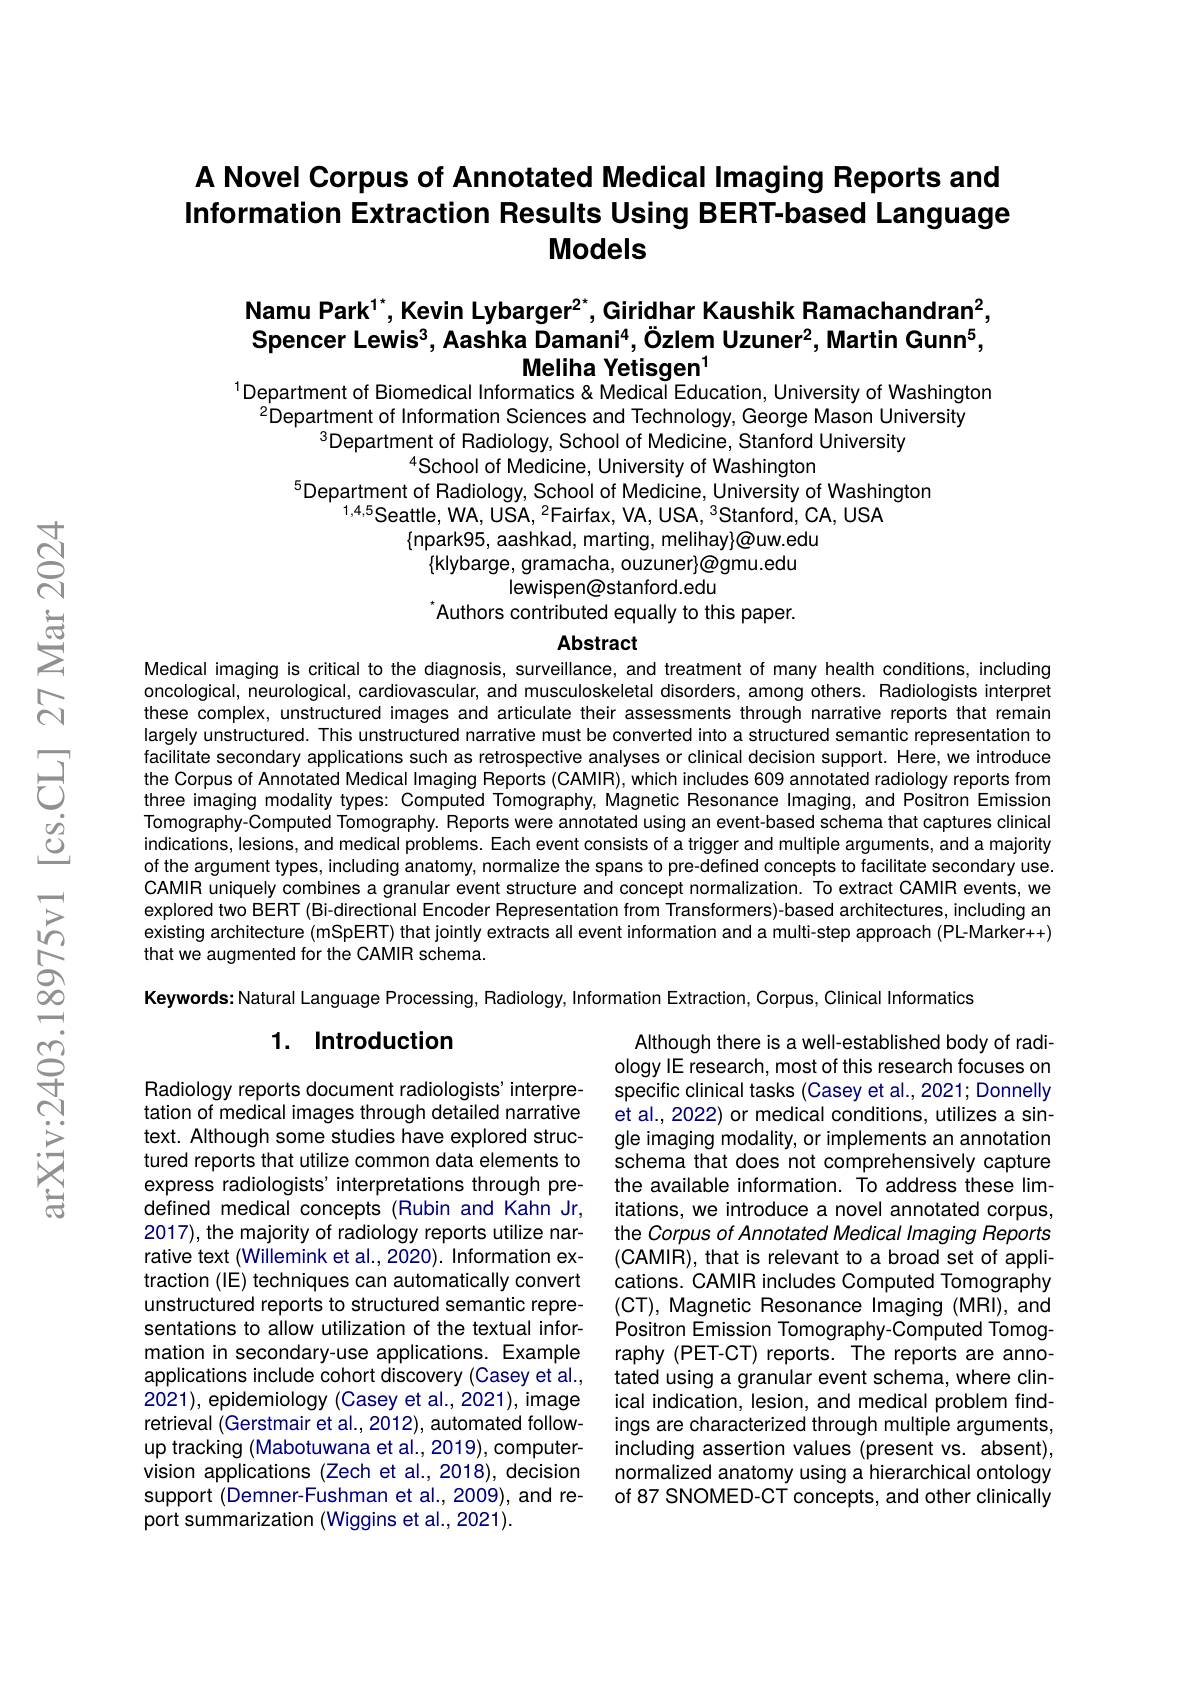
# A Novel Corpus of Annotated Medical Imaging Reports and Information Extraction Results Using BERT-based Language Models

Namu Park$^{1^*}$,Kevin Lybarger$^2^*$,Giridhar Kaushik Ramachandran$^2$, Spencer Lewis$^3$, Aashka Damani$^4,\text{Özlem Uzuner}^2$,Martin Gunn$^5$,
Meliha Yetisgen'
$^{1}$Department of Biomedical Informatics&Medical Education, University of Washington

$^{2}$Department of Information Sciences and Technology, George Mason University
$^{3}$Department of Radiology, School of Medicine, Stanford University
$^{4}$School of Medicine, University of Washington
$^{5}$Department of Radiology, School of Medicine, University of Washington
$^{1,4,5}$Seattle, WA, USA, $^2$Fairfax, VA, USA, $^3$Stanford, CA, USA
$\{$npark95, aashkad, marting, melihay}@uw.edu
$\{$klybarge, gramacha, ouzuner$\}\textcircled{}$gmu.edu
lewispen@stanford.edu
Authors contributed equally to this paper.

## Abstract

Medical imaging is critical to the diagnosis, surveillance, and treatment of many health conditions, including oncological, neurological, cardiovascular, and musculoskeletal disorders, among others. Radiologists interpret these complex, unstructured images and articulate their assessments through narrative reports that remain largely unstructured. This unstructured narrative must be converted into a structured semantic representation to facilitate secondary applications such as retrospective analyses or clinical decision support. Here, we introduce the Corpus of Annotated Medical Imaging Reports (CAMIR), which includes 609 annotated radiology reports from three imaging modality types: Computed Tomography, Magnetic Resonance Imaging, and Positron Emission Tomography-Computed Tomography. Reports were annotated using an event-based schema that captures clinical indications, lesions, and medical problems. Each event consists of a trigger and multiple arguments, and a majority of the argument types, including anatomy, normalize the spans to pre-defined concepts to facilitate secondary use. CAMIR uniquely combines a granular event structure and concept normalization. To extract CAMIR events, we explored two BERT (Bi-directional Encoder Representation from Transformers)-based architectures, including an existing architecture (mSpERT) that jointly extracts all event information and a multi-step approach (PL-Marker++) that we augmented for the CAMIR schema.

Keywords: Natural Language Processing, Radiology, Information Extraction, Corpus, Clinical Informatics

### 1. Introduction

Although there is a well-established body of radiology IE research, most of this research focuses on specific clinical tasks (Casey et al., 2021; Donnelly et al., 2022) or medical conditions, utilizes a single imaging modality, or implements an annotation schema that does not comprehensively capture the available information. To address these limitations, we introduce a novel annotated corpus, the Corpus of Annotated Medical Imaging Reports (CAMIR), that is relevant to a broad set of applications. CAMIR includes Computed Tomography (CT), Magnetic Resonance Imaging (MRI), and Positron Emission Tomography-Computed Tomography (PET-CT) reports. The reports are annotated using a granular event schema, where clinical indication, lesion, and medical problem findings are characterized through multiple arguments including assertion values (present vs. absent), normalized anatomy using a hierarchical ontology of 87 SNOMED-CT concepts, and other clinically

Radiology reports document radiologists' interpretation of medical images through detailed narrative text. Although some studies have explored structured reports that utilize common data elements to express radiologists' interpretations through predefined medical concepts (Rubin and Kahn Jr, 2017), the majority of radiology reports utilize narrative text (Willemink et al., 2020). Information extraction (IE) techniques can automatically convert unstructured reports to structured semantic representations to allow utilization of the textual information in secondary-use applications. Example applications include cohort discovery (Casey et al., 2021), epidemiology (Casey et al., 2021), image retrieval (Gerstmair et al., 2012), automated followup tracking (Mabotuwana et al., 2019), computervision applications (Zech et al.,2018), decision support (Demner-Fushman et al.,2009), and report summarization (Wiggins et al., 2021).